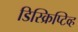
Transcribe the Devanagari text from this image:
डिस्क्रिप्टिव्ह